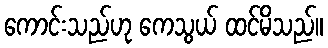
ကောင်းသည်ဟု ကေသွယ် ထင်မိသည်။